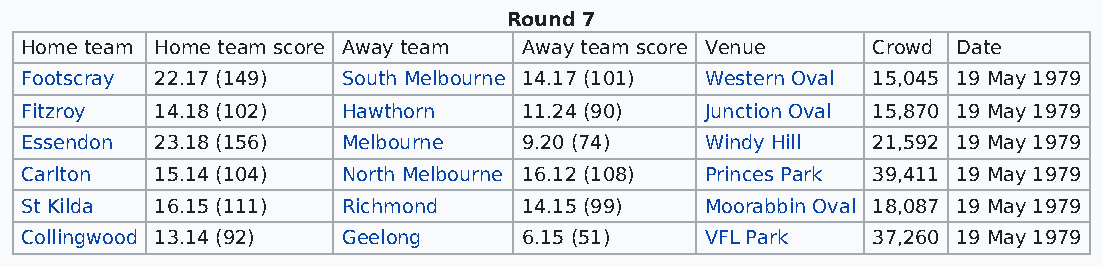
Round 7
 Home team Home team score Away team Away team score Venue Crowd Date
 Footscray 22.17 (149) South Melbourne 14.17 (101) Western Oval 15,045 19 May 1979
 Fitzroy  14.18 (102)  Hawthorn    11.24 (90)  Junction Oval 15,870 19 May 1979
 Essendon 23.18 (156)  Melbourne   9.20 (74)   Windy Hill 21,592 19 May 1979
 Carlton  15.14 (104)  North Melbourne 16.12 (108) Princes Park 39,411 19 May 1979
 St Kilda 16.15 (111)  Richmond    14.15 (99)  Moorabbin Oval 18,087 19 May 1979
 Collingwood 13.14 (92) Geelong    6.15 (51)   VFL Park   37,260 19 May 1979